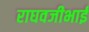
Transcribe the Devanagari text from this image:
राघवजीभाई